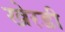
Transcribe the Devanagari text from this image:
खेरडी